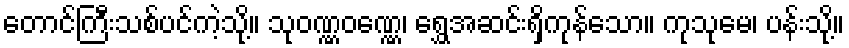
တောင်ကြီးသစ်ပင်ကဲ့သို့။ သုဝဏ္ဏဝဏ္ဏေ၊ ရွှေအဆင်းရှိကုန်သော။ ကုသုမေ၊ ပန်းသို့။